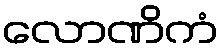
လောဏိကံ